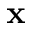
\mathbf { x }